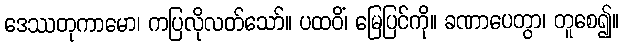
ဒေဿတုကာမော၊ ကပြလိုလတ်သော်။ ပထဝိံ၊ မြေပြင်ကို။ ခဏာပေတွာ၊ တူစေ၍။